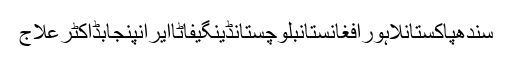
سندھپاکستانلاہورافغانستانبلوچستانڈینگیفاٹاایرانپنجابڈاکٹرعلاج